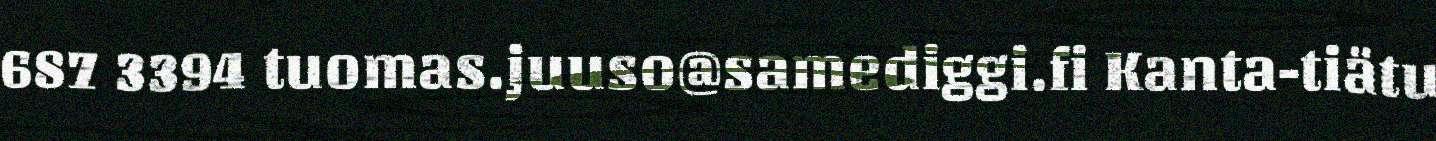
687 3394 tuomas.juuso@samediggi.fi Kanta-tiätu